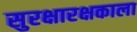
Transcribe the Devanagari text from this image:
सुरक्षारक्षकाला